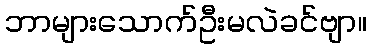
ဘာများသောက်ဦးမလဲခင်ဗျာ။